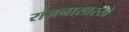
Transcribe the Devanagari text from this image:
रांजनासारखे